Vaccination in Bombay 1863-1868 - 1863-1868
Year: 1863
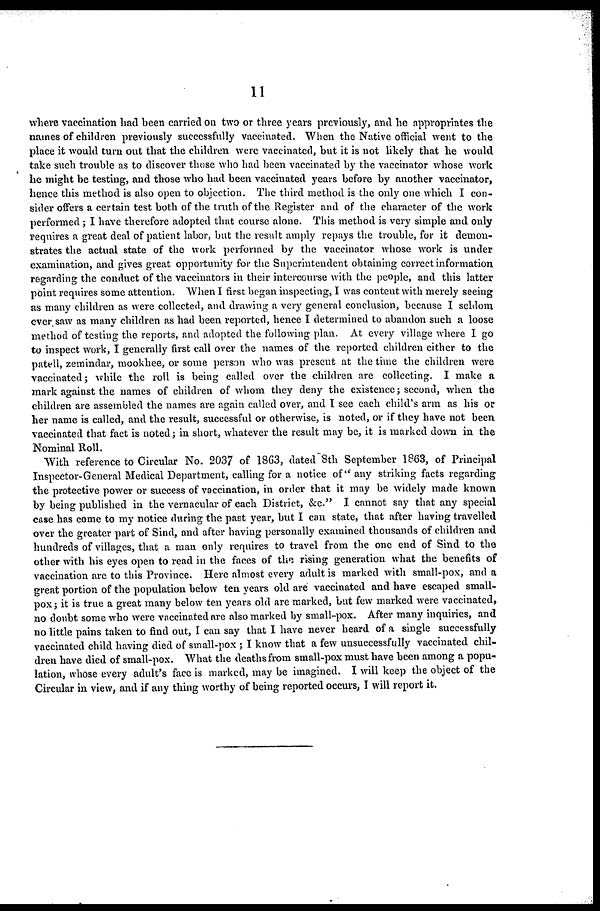
11
where vaccination had been carried on two or three years previously, and he appropriates the
names of children previously successfully vaccinated. When the Native official went to the
place it would turn out that the children were vaccinated, but it is not likely that he would
take such trouble as to discover those who had been vaccinated by the vaccinator whose work
he might be testing, and those who had been vaccinated years before by another vaccinator,
hence this method is also open to objection. The third method is the only one which I con-
sider offers a certain test both of the truth of the Register and of the character of the work
performed ; I have therefore adopted that course alone. This method is very simple and only
requires a great deal of patient labor, but the result amply repays the trouble, for it demon-
strates the actual state of the work performed by the vaccinator whose work is under
examination, and gives great opportunity for the Superintendent obtaining correct information
regarding the conduct of the vaccinators in their intercourse with the people, and this latter
point requires some attention. When I first began inspecting, I was content with merely seeing
as many children as were collected, and drawing a very general conclusion, because I seldom
ever saw as many children as had been reported, hence I determined to abandon such a loose
method of testing the reports, and adopted the following plan. At every village where I go
to inspect work, I generally first call over the names of the reported children either to the
pattell, zemindar, mookhee, or some person who was present at the time the children were
vaccinated ; while the roll is being called over the children are collecting. I make a
mark against the names of children of whom they deny the existence; second, when the
children are assembled the names are again called over, and I see each child's arm as his or
her name is called, and the result, successful or otherwise, is noted, or if they have not been
vaccinated that fact is noted; in short, whatever the result may be, it is marked down in the
Nominal Roll.
With reference to Circular No. 2037 of 1863, dated 8th September 1863, of Principal
Inspector-General Medical Department, calling for a notice of" any striking facts regarding
the protective power or success of vaccination, in order that it may be widely made known
by being published in the vernacular of each District, &c." I cannot say that any special
case has come to my notice during the past year, but I can state, that after having travelled
over the greater part of Sind, and after having personally examined thousands of children and
hundreds of villages, that a man only requires to travel from the one end of Sind to the
other with his eyes open to read in the faces of the rising generation what the benefits of
vaccination are to this Province. Here almost every adult is marked with small-pox, and a
great portion of the population below ten years old are vaccinated and have escaped small-
pox; it is true a great many below ten years old are marked, but few marked were vaccinated,
no doubt some who were vaccinated are also marked by small-pox. After many inquiries, and
no little pains taken to find out, I can say that I have never heard of a single successfully
vaccinated child having died of small-pox ; I know that a few unsuccessfully vaccinated chil-
dren have died of small-pox. What the deaths from small-pox must have been among a popu-
lation, whose every adult's face is marked, may be imagined. I will keep the object of the
Circular in view, and if any thing worthy of being reported occurs, I will report it.